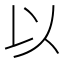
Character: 以